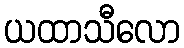
ယထာသီလော